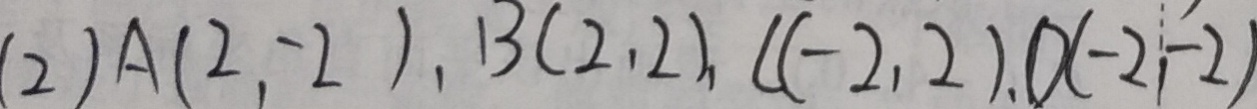
( 2 ) A ( 2 , - 2 ) , B ( 2 , 2 ) , C ( - 2 , 2 ) , D ( - 2 , - 2 )